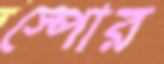
স্পোর